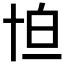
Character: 𠦠